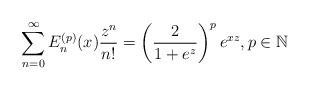
LaTeX: \begin{align*}\sum_{n=0}^{\infty} E_{n}^{(p)}(x) \frac{z^{n}}{n!} = \left( \frac{2}{1+ e^{z} } \right)^{p} e^{xz}, p \in \mathbb{N}\end{align*}